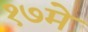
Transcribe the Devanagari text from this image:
१७मे